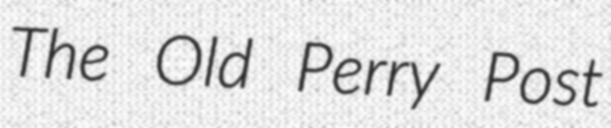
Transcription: The Old Perry Post